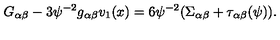
G _ { \alpha \beta } - 3 \psi ^ { - 2 } g _ { \alpha \beta } v _ { 1 } ( x ) = 6 \psi ^ { - 2 } ( \Sigma _ { \alpha \beta } + \tau _ { \alpha \beta } ( \psi ) ) .